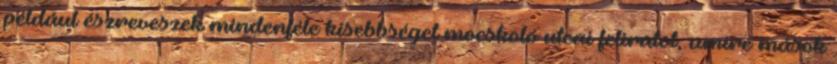
például észreveszek mindenféle kisebbséget mocskoló utcai feliratot, amire mások